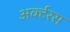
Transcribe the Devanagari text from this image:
अर्क्टरस